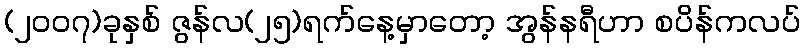
(၂၀၀၇)ခုနှစ် ဇွန်လ(၂၅)ရက်နေ့မှာတော့ အွန်နရီဟာ စပိန်ကလပ်